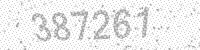
Solution: 387261